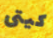
كيتى